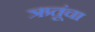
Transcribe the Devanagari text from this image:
ऋतूंचा